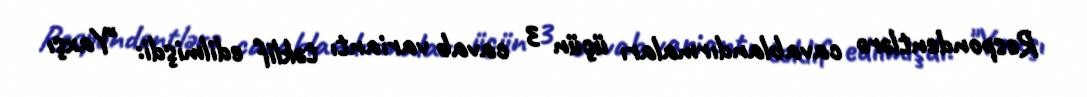
Respondentlərə cavablandırmaları üçün 3 cavab variantı təklif edilmişdi: "Yaxşı